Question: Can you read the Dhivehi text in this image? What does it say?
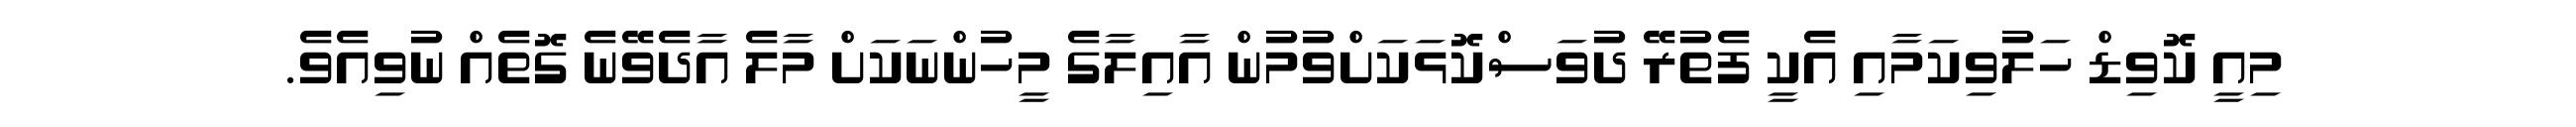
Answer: މިއީ ކޮވިޑް ހަލުވިކަމާއި އެކީ ފެތުރޭ ދުވަސްކޮޅަކަށްވުމުން އާއިލާގެ މީހުންނަކަށް މާލެ އާދެވޭނެ ގޮތެއް ނުވިއެވެ.